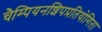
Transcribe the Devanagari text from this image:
चैम्पियनशिपप्रतियोगिता